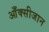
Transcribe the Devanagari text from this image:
आँक्सीजान